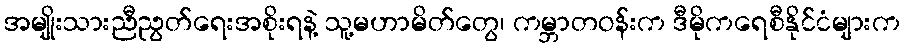
အမျိုးသားညီညွတ်ရေးအစိုးရနဲ့ သူ့မဟာမိတ်တွေ၊ ကမ္ဘာတဝန်းက ဒီမိုကရေစီနိုင်ငံများက